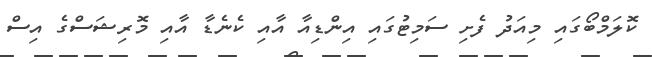
ކޮލަމްބޯގައި މިއަދު ފެށި ސަމިޓުގައި އިންޑިއާ އާއި ކެނެޑާ އާއި މޮރިޝަސްގެ އިސް